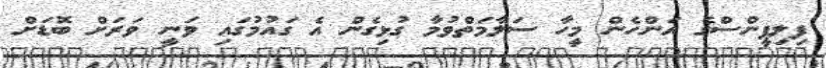
ފިލިޕީންސްގެ އަންހެން މީހާ ސަލާމަތްވުމާ ގުޅިގެން އެ ގައުމުގައި ވަނީ ވަރަށް ބޮޑަށް